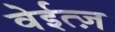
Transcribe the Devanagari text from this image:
वेईत्ज़